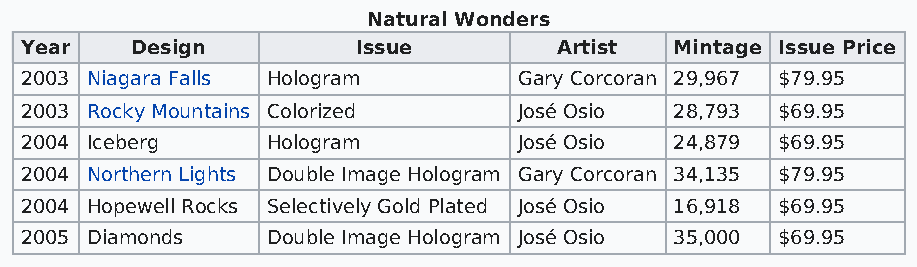
Natural Wonders
 Year    Design         Issue        Artist  Mintage Issue Price
 2003 Niagara Falls Hologram      Gary Corcoran 29,967 $79.95
 2003 Rocky Mountains Colorized   José Osio  28,793 $69.95
 2004 Iceberg     Hologram        José Osio  24,879 $69.95
 2004 Northern Lights Double Image Hologram Gary Corcoran 34,135 $79.95
 2004 Hopewell Rocks Selectively Gold Plated José Osio 16,918 $69.95
 2005 Diamonds    Double Image Hologram José Osio 35,000 $69.95